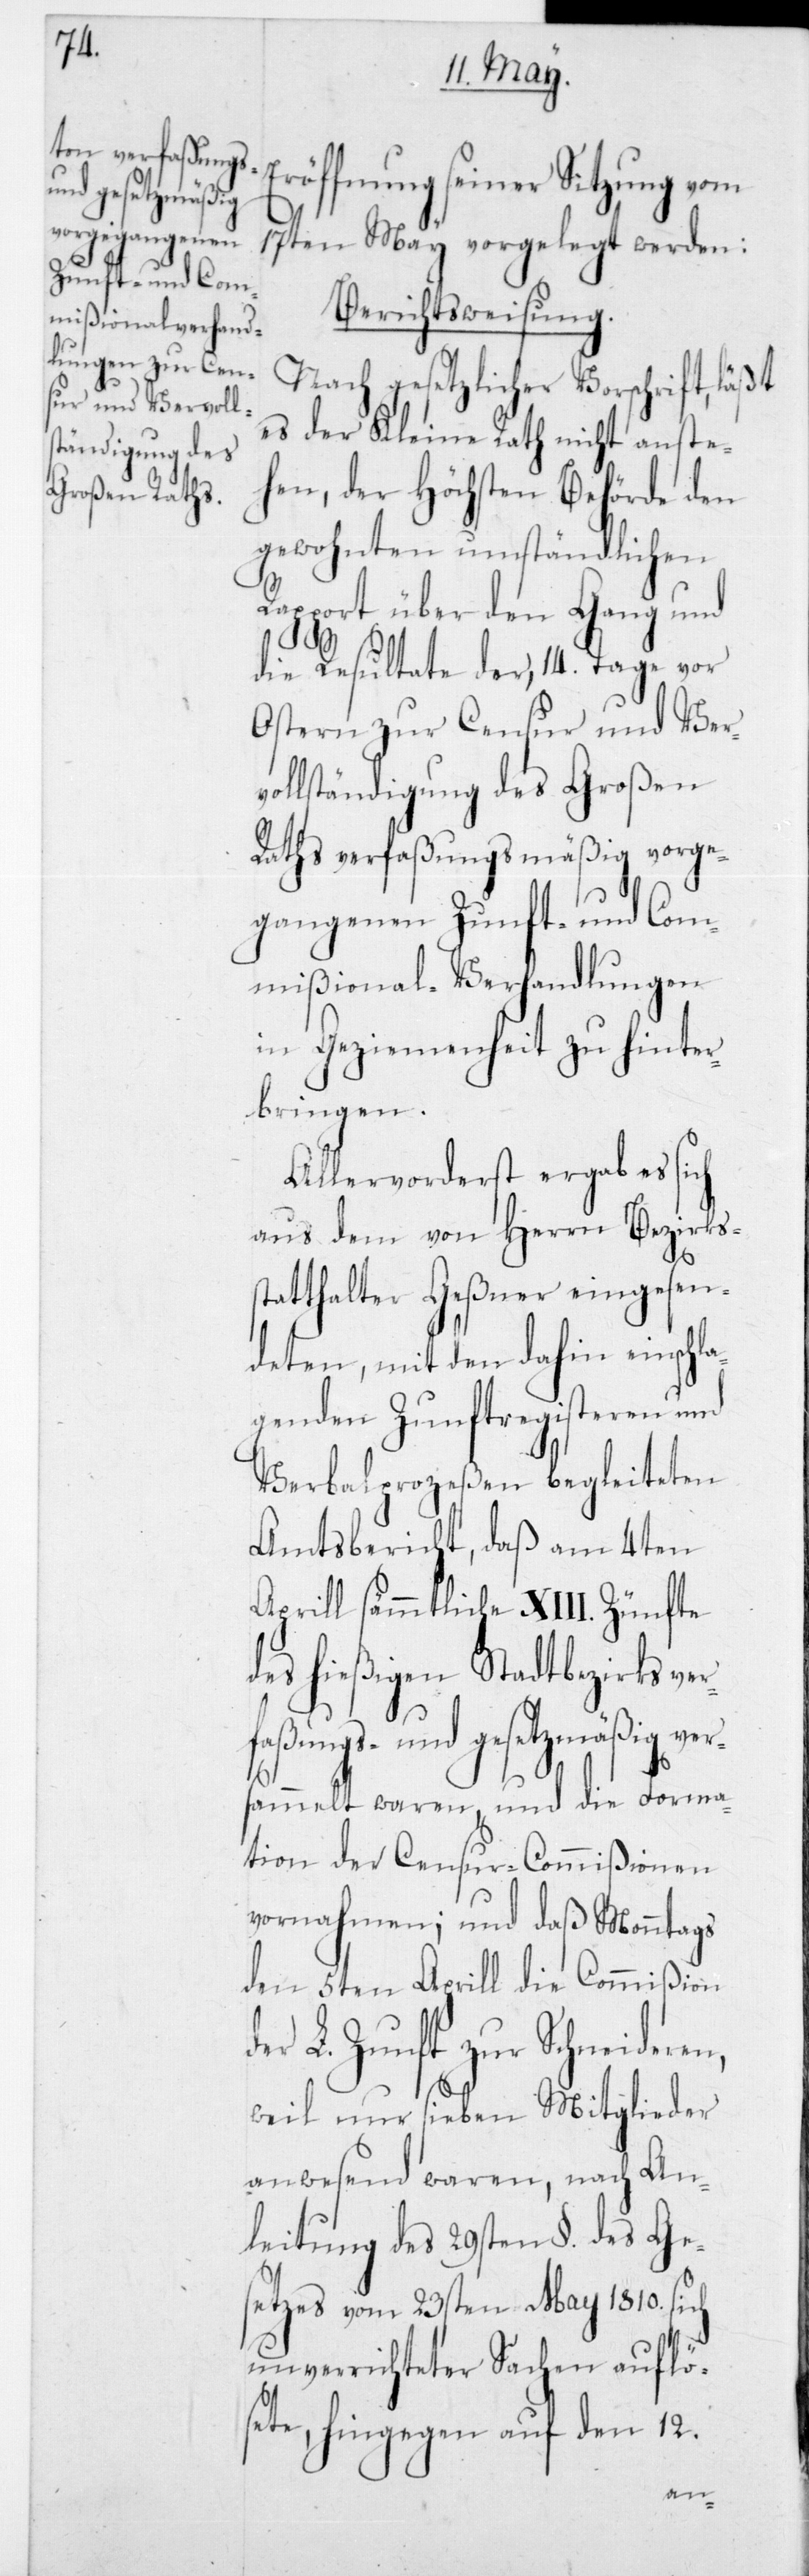
Eröffnung seiner Sitzung vom
17ten May vorgelegt werden:
Berichtsweisung.
Nach gesetzlicher Vorschrift,
es der Kleine Rath nicht anste¬
hen, der Höchsten Behörde den
gewohnten umständlichen
Rapport über den Gang und
die Resultate der, 14 Tage vor
Ostern zur Censur und Ver¬
vollständigung des Großen
Raths verfaßungsmäßig vorge¬
gangenen Zunft- und Com¬
mißional-Verhandlungen
in Geziemenheit zu hinter¬
bringen.
Allervorderst ergab es sich
aus dem von Herrn Bezirks¬
statthalter Geßner eingesen¬
deten, mit den dahin einschla¬
genden Zunftregisteren und
Verbalprozeßen begleiteten
Amtsbericht, daß am 4ten
Aprill sämmtliche XIII Zünfte
des hießigen Stadtbezirks ve¬
rfaßungs- und gesetzmäßig ver¬
sammelt waren, und die Forma¬
tion der Censur-Commißionen
vornahmen; und daß Monntags
den 5ten Aprill die Commißion
der L. Zunft zur Schneider¬
weil nur sieben Mitglieder
anwesend waren, nach An¬
leitung des 29sten § des Ge¬
setzes vom 23sten May 1810 sich
unverrichteter Sachen auflö¬
sete, hingegen auf den 12
en,